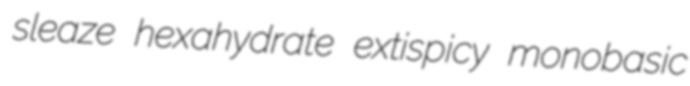
sleaze hexahydrate extispicy monobasic